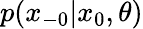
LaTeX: p(x_{-0}|x_{0},\theta)